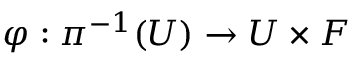
\varphi : \pi ^ { - 1 } ( U ) \rightarrow U \times F